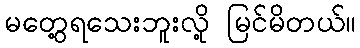
မတွေ့ရသေးဘူးလို့ မြင်မိတယ်။